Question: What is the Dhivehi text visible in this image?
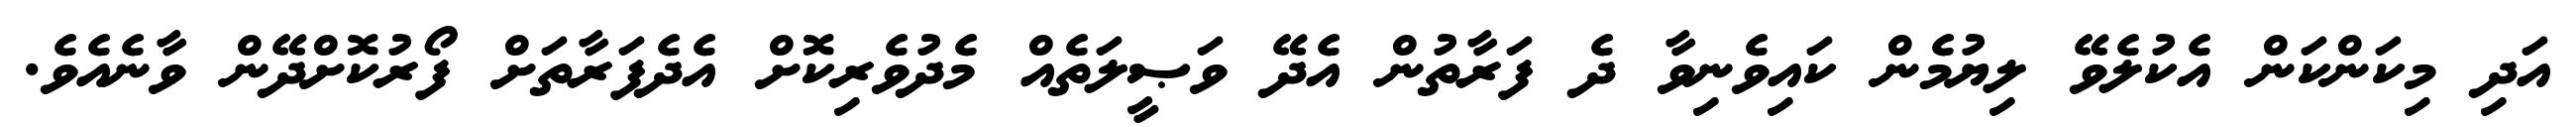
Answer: އަދި މިކަންކަން އެކުލެވޭ ލިޔުމެން ކައިވެނިވާ ދެ ފަރާތުން އެދޭ ވަޞީލަތެއް މެދުވެރިކޮށް އެދެފަރާތަށް ފޯރުކޮށްދޭން ވާނެއެވެ.